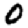
Digit: 0